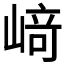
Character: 﨑